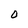
Character: 0